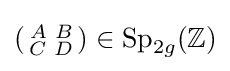
\left({\begin{smallmatrix}A&B\\C&D\end{smallmatrix}}\right)\in \mathrm {Sp} _{2g}(\mathbb {Z} )